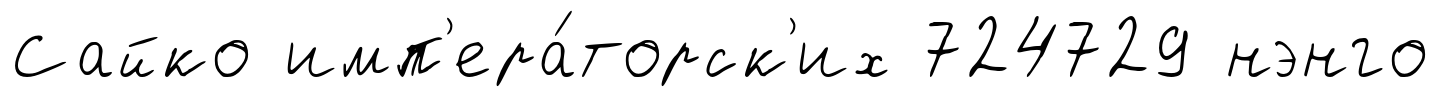
Сайко имп'ера́торск'их 724729 нэнго